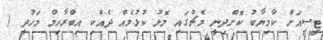
ޓީސީއަށް ކާމިޔާބު ކޮށްދިނީ މެޗުގައި މޮޅު ކުޅުމެއް ދެއްކި އިބްރާހިމް މަހުދީ (